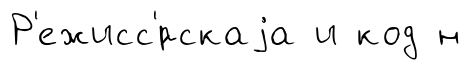
Р'ежисс'́рскаjа и код н